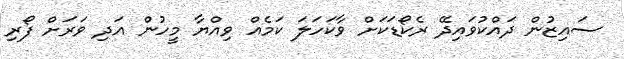
ސައިޒުން ދައްކުވައިދޭ ރެކޯޑަކަށް ވާކަހަލަ ކަމެއް ވިއްޔާ މީހުން އަދި ވަރަށް ފޯރި